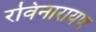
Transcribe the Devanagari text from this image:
रविनारायण